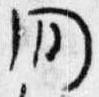
間